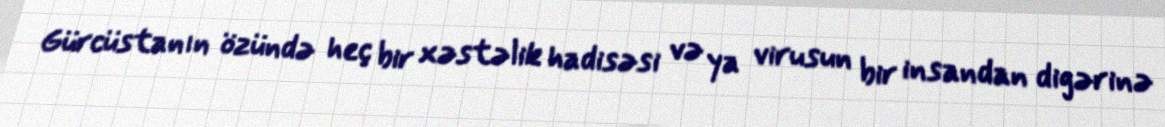
Gürcüstanın özündə heç bir xəstəlik hadisəsi və ya virusun bir insandan digərinə